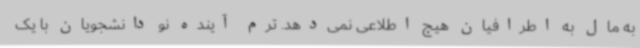
به مال به اطرافیان هیچ اطلاعی نمی‌دهد. ترم آینده نو دانشجویان با یک